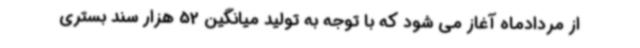
از مردادماه آغاز می شود که با توجه به تولید میانگین 52 هزار سند بستری